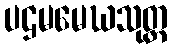
ပဌမမေဃသုတ္တ